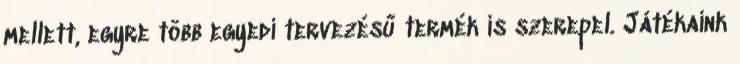
mellett, egyre több egyedi tervezésű termék is szerepel. Játékaink